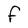
Character: F